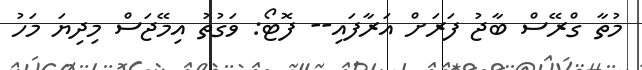
މުތާ ގްރޭސް ބާޖު ފަރަށް އަރާފައި-- ފޮޓޯ: ވަގުތު އިމޭޖަސް މިދިޔަ މަހު